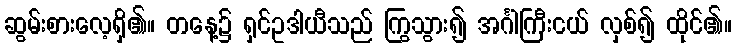
ဆွမ်းစားလေ့ရှိ၏။ တနေ့၌ ရှင်ဥဒါယီသည် ကြွသွား၍ အင်္ဂါကြီးငယ် လှစ်၍ ထိုင်၏။